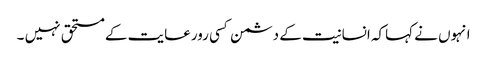
انہوں نے کہاکہ انسانیت کے دشمن کسی رورعایت کے مستحق نہیں ۔